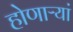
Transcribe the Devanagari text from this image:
होणाऱ्यां